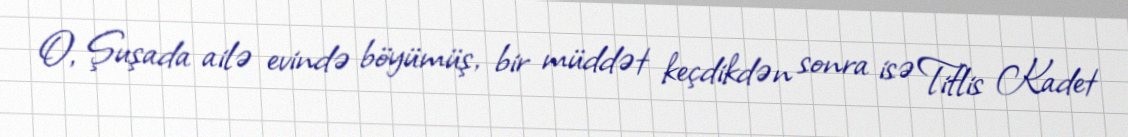
O, Şuşada ailə evində böyümüş, bir müddət keçdikdən sonra isə Tiflis Kadet